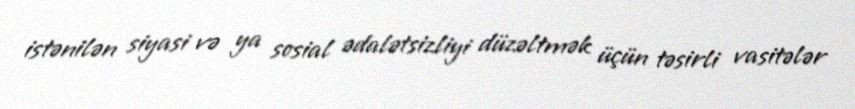
istənilən siyasi və ya sosial ədalətsizliyi düzəltmək üçün təsirli vasitələr